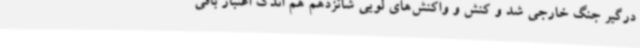
درگیر جنگ خارجی شد و کنش و واکنش‌های لویی شانزدهم هم اندک اعتبار باقی